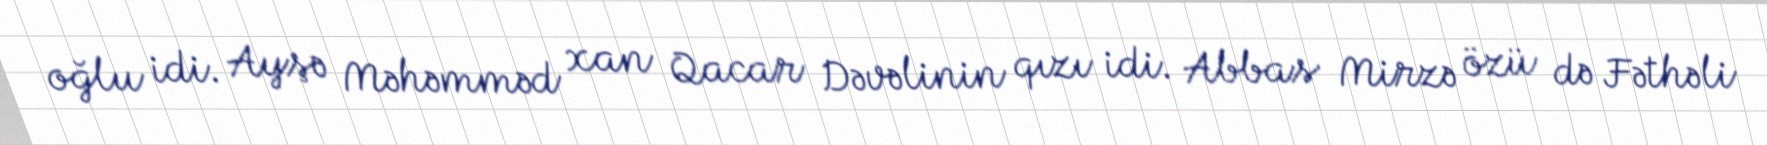
oğlu idi. Ayşə Məhəmməd xan Qacar Dəvəlinin qızı idi. Abbas Mirzə özü də Fəthəli